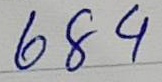
684